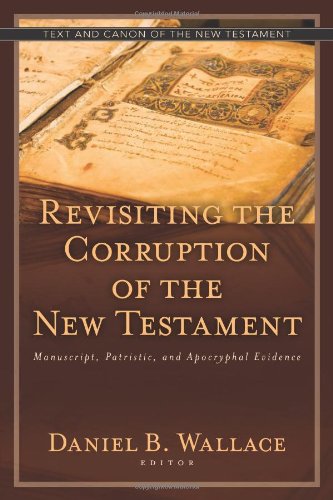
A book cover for Revisiting the Corruption of the New Testament: Manuscript, Patristic, and Apocryphal Evidence (Text and Canon of the New Testament); Christian Books & Bibles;